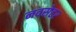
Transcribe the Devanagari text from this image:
नवसेहर